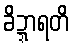
ခိဍ္ဍာရတိ